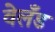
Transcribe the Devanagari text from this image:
वेलँड